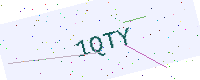
Text: 1QTY